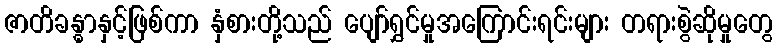
ဇာတိခန္ဓာနှင့်ဖြစ်ကာ နှံစားတို့သည် ပျော်ရွှင်မှုအကြောင်းရင်းများ တရားစွဲဆိုမှုတွေ